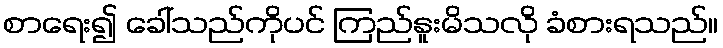
စာရေး၍ ခေါ်သည်ကိုပင် ကြည်နူးမိသလို ခံစားရသည်။